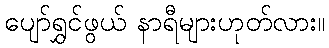
ပျော်ရွှင်ဖွယ် နာရီများဟုတ်လား။